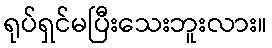
ရုပ်ရှင်မပြီးသေးဘူးလား။